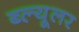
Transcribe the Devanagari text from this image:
ब्ल्यूलर